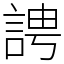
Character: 䛣